Vaccine operations Central Provinces 1886-1899 - 1886-1899
Year: 1886
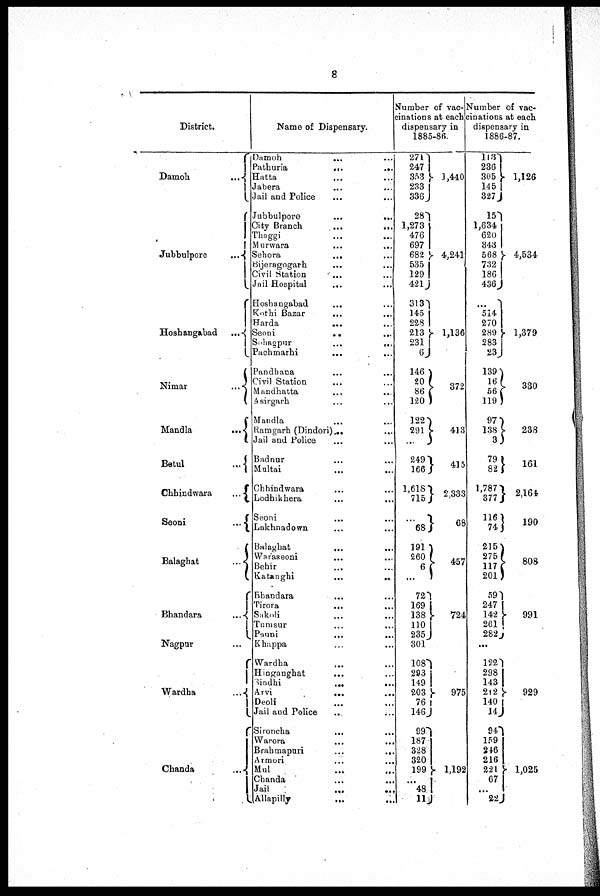
8
District.
Damoh.
...
Jubbulpore
...
Hoshangabad...
Nimar
...
Mandla
...
Betul
...
Chhindwara
...
Seoni
...
Balaghat ...
Bhandara
...
Nagpur ...
Wardha
...
Chanda
...
Name of Dispensary.
Damoh
...
...
Pathuria
...
...
Hatta ......
Jabera
...
...
Jail and Police ... ...
Jubbulpore
...
...
City Branch
...
...
Thaggi ... ...
Murwara
...
...
Sehora
...
...
Bijeragogarh ... ...
Civil Station ... ...
Jail Hospital ... ...
Hoshangabad ... ...
Kothi Bazar
...
...
Harda
...
...
Seoni
...
...
Sohagpur...
...
Pachmarhi
...
...
Pandhana ... ...
Civil Station ... ...
Mandhatta ... ...
Asirgarh
...
...
Mandla ... ...
Ramgarh (Dindori)
...
...
Jail and Police ... ...
Badnur ... ...
Multai ... ...
Chhindwara ... ...
Lodhikhera ... ...
Seoni ... ...
Lakhnadown ... ...
Balaghat ... ...
Waraseoni ... ...
Behir ... ...
Katanghi ... ...
Bhandara
...
...
Tirora ... ...
Sakoli ... ...
Tumsur ... ...
Pauni ... ...
Khappa ... ...
Wardha ... ...
Hinganghat ... ...
Sindhi
...
...
Arvi
...
...
Deoli ... ...
Jail and Police ... ...
Sironcha
...
...
Warora ... ...
Brahmapuri
...
...
Armori
...
...
Mul ... ...
Chanda
...
...
Jail
...
...
Allapilly ... ...
Number of vac-
cinations at each
dispensary in
1885-86.
271
247
353
233
336
28
1,273
476
697
682
535
129
421
313
145
228
213
231
6
146
20
86
120
122
291
...
249
166
1,618
715
...
68
191
260
6
...
72
169
138
110
235
301
108
293
149
203
76
146
99
187
328
320
199
...
48
11
1,440
4,241
1,136
372
413
415
2,333
68
457
724
975
1,192
Number of vac-
cinations at each
dispensary in
1886-87.
113
236
305
145
327
15
1,634
620
343
568
732
186
436
...
514
270
289
283
23
139
16
56
119
97
138
3
79
82
1,787
377
116
74
215
275
117
201
59
247
142
261
282
...
122
298
143
212
140
14
94
159
246
216
221
67
...
22
1,126
4,534
1,379
330
238
161
2,164
190
808
991
929
1,025